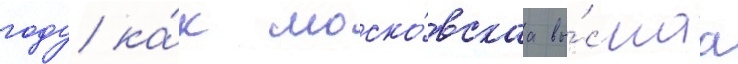
году ка́к моско́вскаа вы́сшаа